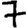
Digit: 7